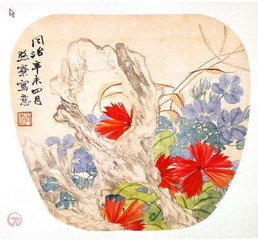
黄昏独倚朱阑。西南新月眉弯。